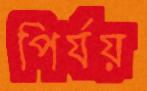
পির্যয়